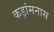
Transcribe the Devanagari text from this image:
कड़ांमनास